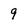
Character: 9